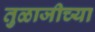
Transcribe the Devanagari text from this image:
तुळाजीच्या